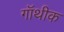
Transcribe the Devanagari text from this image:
गॉथीक